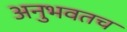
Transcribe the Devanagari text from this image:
अनुभवतच